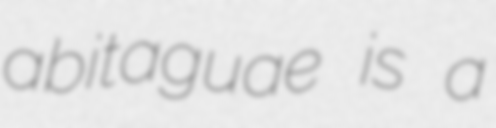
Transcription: abitaguae is a